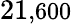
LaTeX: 21\small{,}600